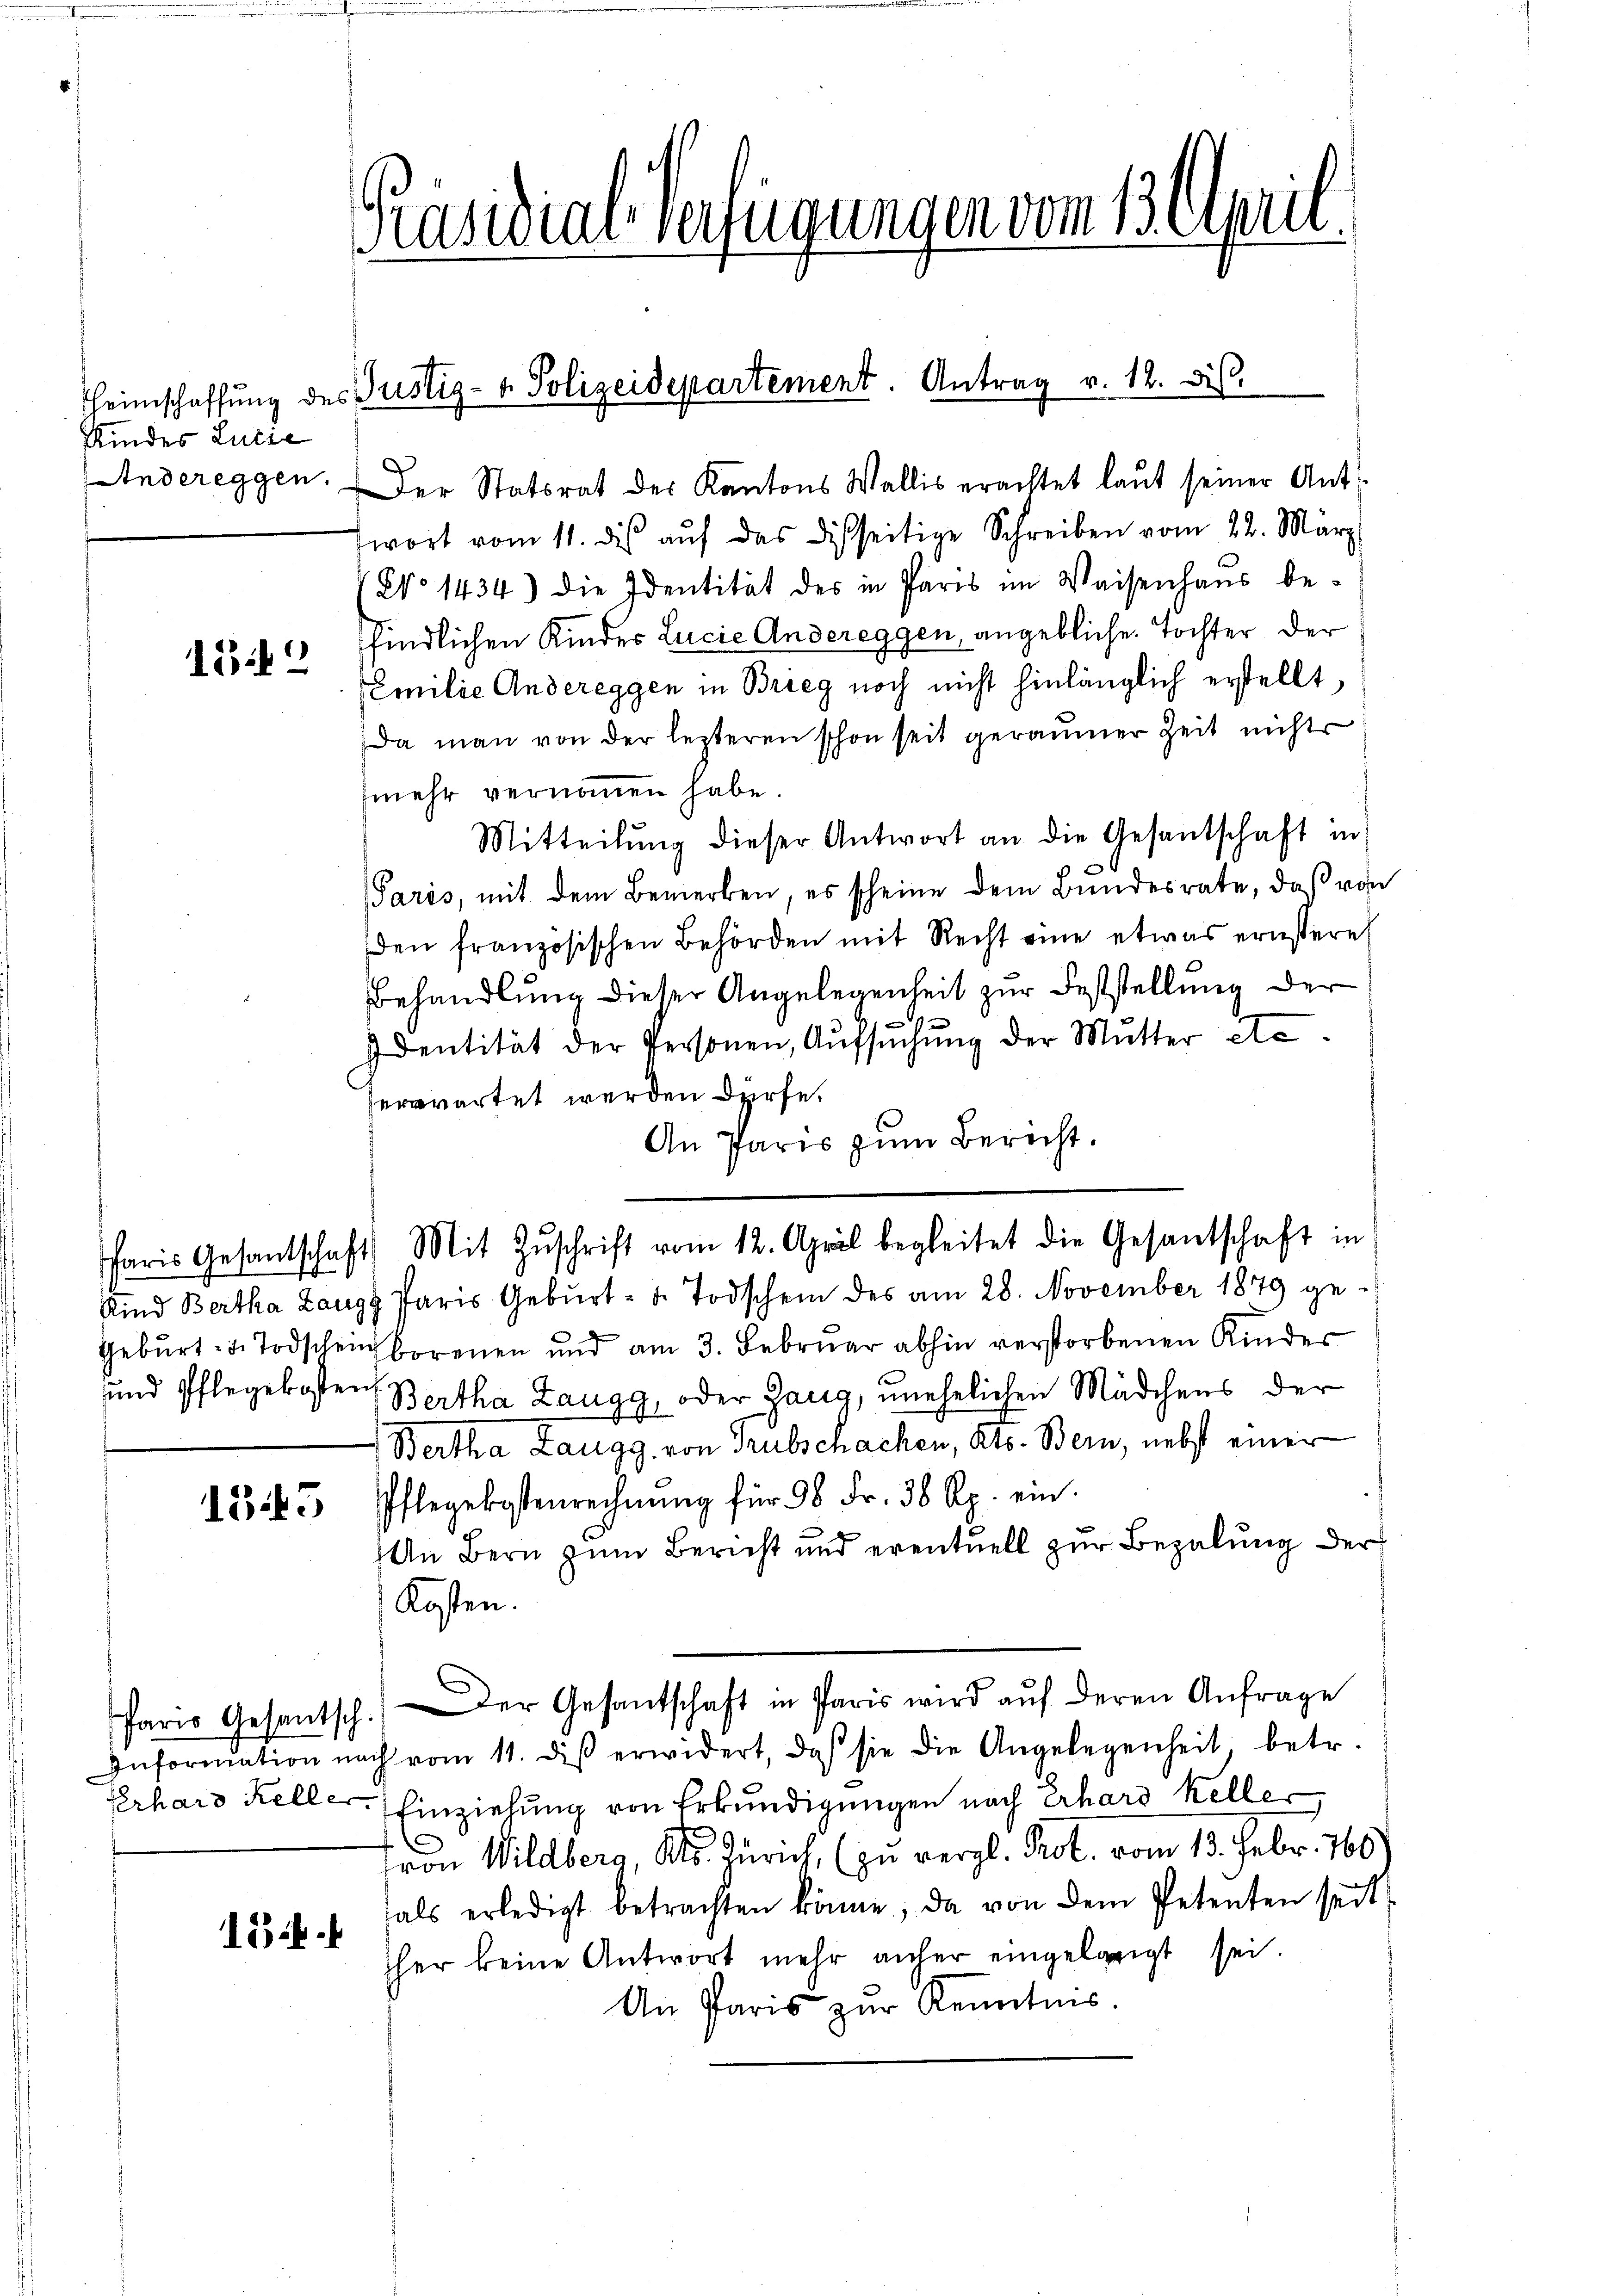
Kindes Lucia
Andereggen.

12

1343

154.

Präsidial-Verfügungen vom 13. April.

Heimschaffŭng des Justiz- u. Polizeidepartement. Antrag v. 12. ds.

Der Statsrat des Kantons Wallis erachtet laut seiner Ant
fwort vom 11. dis aŭf das disseitige Schreiben vom 22. März
V No 1434) die Identität des in Paris im Waisenhaŭs be-
findlichen Kinder Lucie Andereggen, angebliche. Tochter der
Emilie Andereggen in Brieg noch nicht hinlänglich erstellt,
Da man von der lezteren schon seit geraumer Zeit nichts
mehr vernommen habe.
Mitteilŭng dieser Antwort an die Gesantschaft in
Paris, mit dem Bemerken, es scheine dem Bundesrate, daß von
den französischen Behörden mit Recht eine etwas ernstere
Behandlung dieser Angelegenheit zur Feststellung der
Identität der Personen, Aŭfsŭchŭng der Mutter etc.
erwartet werden dürfe.
An Paris zum Bericht.
Paris Gesantschaft. Mit Zŭschrift vom 12. April begleitet die Gesantschaft in
Und Bertha Langs Paris Gebŭrt- u. Todschein des am 28. November 1879 ge-
Gebŭrt- u. Todschein borenen und am 3. Febrŭar abhin verstorbenen Kinder
und Pflegekosten Bertha Zaugg, oder Gang, unehelichen Mädchens der
Bertha Laugg, von Trubschachen, Kts. Bern, nebst einer
Pflegekostenrechnŭng für 98 Fr. 38 Rp. ein
An Bern zum Bericht und eventuell zur Bezalung der
Kosten.
Paris Gesantsch. Der Gesantschaft in Paris wird aŭf deren Anfrage
Information nach vom 11. diβ erwidert, daß sie die Angelegenheit betr.
Erhard Keller. Einziehung von Erkundigungen nach Erhard Keller
tron Wildberg, Kts. Zürich, (zu vergl. Prot. vom 13. Febr. 100.
hals erledigt betrachten könne, da von dem Petenten seit
her keine Antwort mehr anher eingelangt sei.
An Paris zŭr Kenntnis.